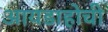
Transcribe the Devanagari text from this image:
आयडाहोची